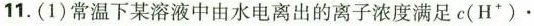
11.(1)常温下某溶液中由水电离出的离子浓度满足c(H^{+})。